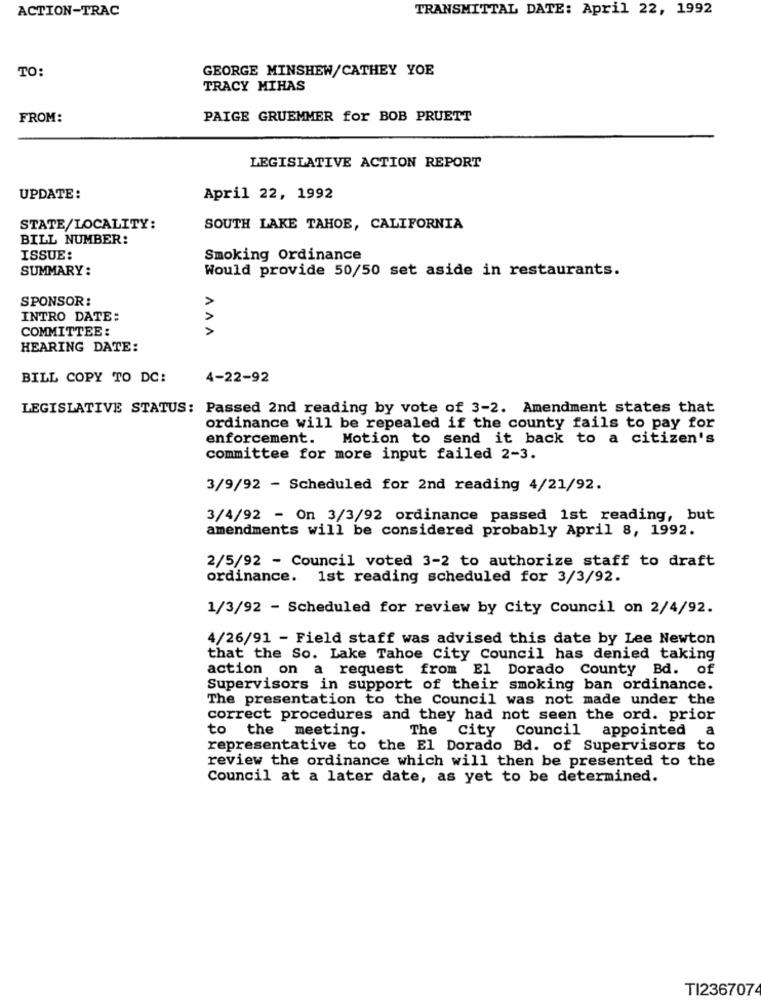
ACTION-TRAC
TRANSMITTAL DATE: April 22, 1992
TO:
GEORGE MINSHEW/CATHEY YOE
TRACY MIHAS
FROM:
PAIGE GRUEMMER for BOB PRUETT
LEGISLATIVE ACTION REPORT
UPDATE:
April 22, 1992
STATE/LOCALITY:
SOUTH LAKE TAHOE, CALIFORNIA
BILL NUMBER:
ISSUE:
Smoking Ordinance
SUMMARY:
Would provide 50/50 set aside in restaurants.
VVV
SPONSOR:
INTRO DATE:
COMMITTEE :
HEARING DATE:
BILL COPY TO DC:
4-22-92
LEGISLATIVE STATUS: Passed 2nd reading by vote of 3-2. Amendment states that
ordinance will be repealed if the county fails to pay for
enforcement. Motion to send it back to a citizen's
committee for more input failed 2-3.
3/9/92 - Scheduled for 2nd reading 4/21/92.
3/4/92 - On 3/3/92 ordinance passed 1st reading, but
amendments will be considered probably April 8, 1992.
2/5/92 - Council voted 3-2 to authorize staff to draft
ordinance. 1st reading scheduled for 3/3/92.
1/3/92 - Scheduled for review by City Council on 2/4/92.
4/26/91 - Field staff was advised this date by Lee Newton
that the So. Lake Tahoe City Council has denied taking
action on a request from El Dorado County Bd. of
Supervisors in support of their smoking ban ordinance.
The presentation to the Council was not made under the
correct procedures and they had not seen the ord. prior
to the meeting.
The City Council appointed a
representative to the El Dorado Bd. of Supervisors to
review the ordinance which will then be presented to the
Council at a later date, as yet to be determined.
TI2367074